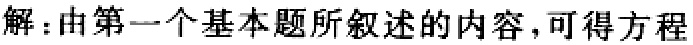
解：由第一个基本题所叙述的内容，可得方程